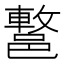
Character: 𨝩